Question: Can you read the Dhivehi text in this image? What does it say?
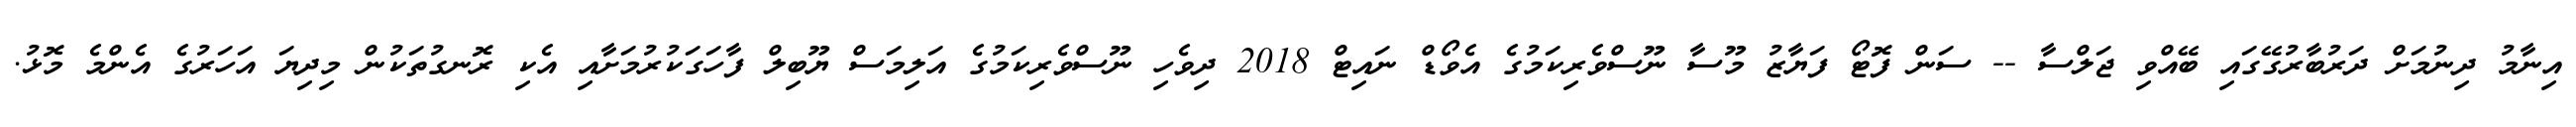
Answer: އިނާމު ދިނުމަށް ދަރުބާރުގޭގައި ބޭއްވި ޖަލްސާ -- ސަން ފޮޓޯ ފަޔާޒު މޫސާ ނޫސްވެރިކަމުގެ އެވޯޑް ނައިޓް 2018 ދިވެހި ނޫސްވެރިކަމުގެ އަލިމަސް ޔޫބިލް ފާހަގަކުރުމަށާއި އެކި ރޮނގުތަކުން މިދިޔަ އަހަރުގެ އެންމެ މޮޅު.